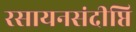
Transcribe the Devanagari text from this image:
रसायनसंदीप्ति